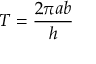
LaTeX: T = { \frac { 2 \pi a b } { h } }